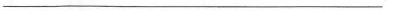
___